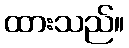
ထားသည်။